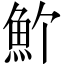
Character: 𩵜